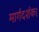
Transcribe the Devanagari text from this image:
मार्गदर्शक।